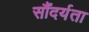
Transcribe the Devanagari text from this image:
सौंदर्यता